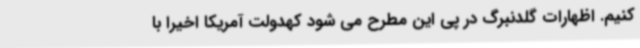
کنیم. اظهارات گلدنبرگ در پی این مطرح می شود کهدولت آمریکا اخیرا با